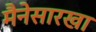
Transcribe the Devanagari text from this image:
मैनेसारखा